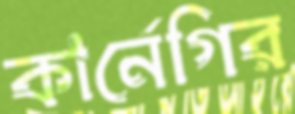
কার্নেগির